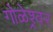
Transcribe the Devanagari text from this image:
गोळेश्र्वर